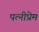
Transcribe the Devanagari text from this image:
पत्नीप्रेम